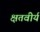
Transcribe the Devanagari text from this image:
क्षतवीर्य